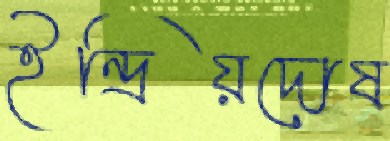
ইন্দ্রিয়দোষ